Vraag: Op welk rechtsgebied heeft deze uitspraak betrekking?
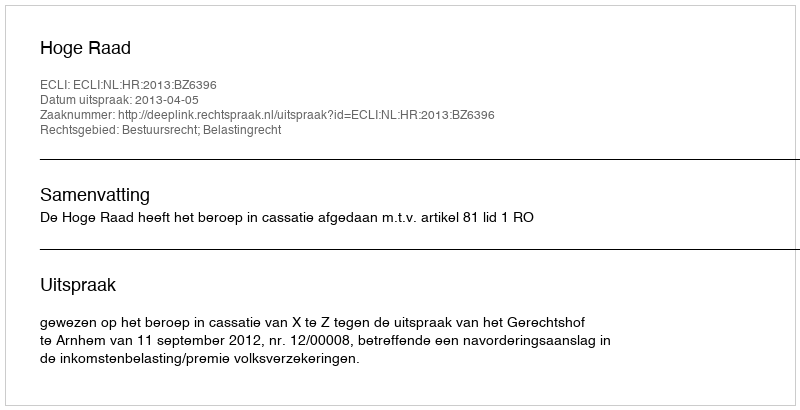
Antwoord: Bestuursrecht; Belastingrecht